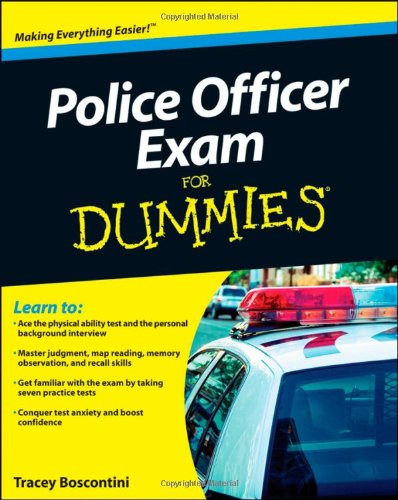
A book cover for Police Officer Exam For Dummies; Raymond Foster; Test Preparation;